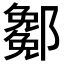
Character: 𨞭